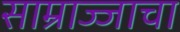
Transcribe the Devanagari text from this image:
साम्राज्जाचा